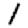
Digit: 1